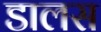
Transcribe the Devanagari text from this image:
डालस